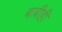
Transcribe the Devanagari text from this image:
बाबीही